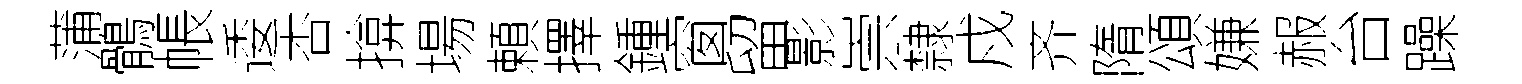
蒲鶻帳逶杏揜場頼擇鍾窗留影崇隸戍齐隋頌嫌赧台躁